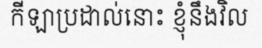
កីឡាប្រដាល់នោះ ខ្ញុំនឹងវិល